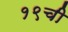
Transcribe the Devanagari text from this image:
१९ची